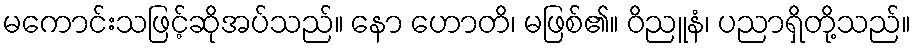
မကောင်းသဖြင့်ဆိုအပ်သည်။ နော ဟောတိ၊ မဖြစ်၏။ ဝိညူနံ၊ ပညာရှိတို့သည်။